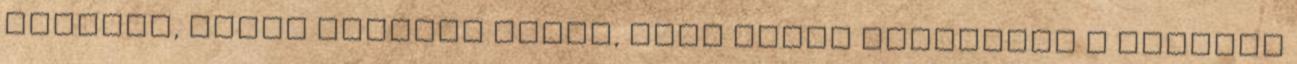
végében, rövid pórázra kötve, vagy kóbor kutyaként a tizedik